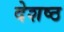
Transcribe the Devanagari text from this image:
देशष्ठ